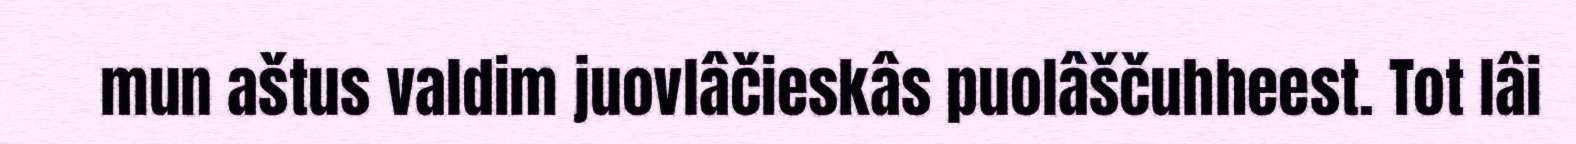
mun aštus valdim juovlâčieskâs puolâščuhheest. Tot lâi